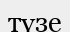
түзе